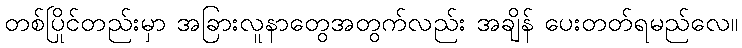
တစ်ပြိုင်တည်းမှာ အခြားလူနာတွေအတွက်လည်း အချိန် ပေးတတ်ရမည်လေ။